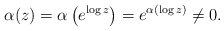
\begin{align*}\alpha(z) = \alpha\left(e^{\log z} \right) = e^{ \alpha\left( \log z\right) } \neq 0. \end{align*}